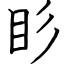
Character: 䀐